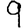
Digit: 9